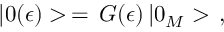
| 0 ( \epsilon ) > \, = \, G ( \epsilon ) \, | 0 _ { M } > \, { , }